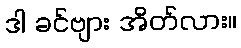
ဒါ ခင်ဗျား အိတ်လား။